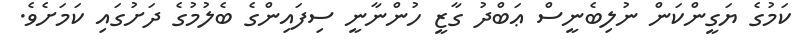
ކަމުގެ ޔަގީންކަން ނުލިބެނީސް ޢަބްދު ގާޒީ ހުންނާނީ ސިފައިންގެ ބެލުމުގެ ދަށުގައި ކަމަށެވެ.